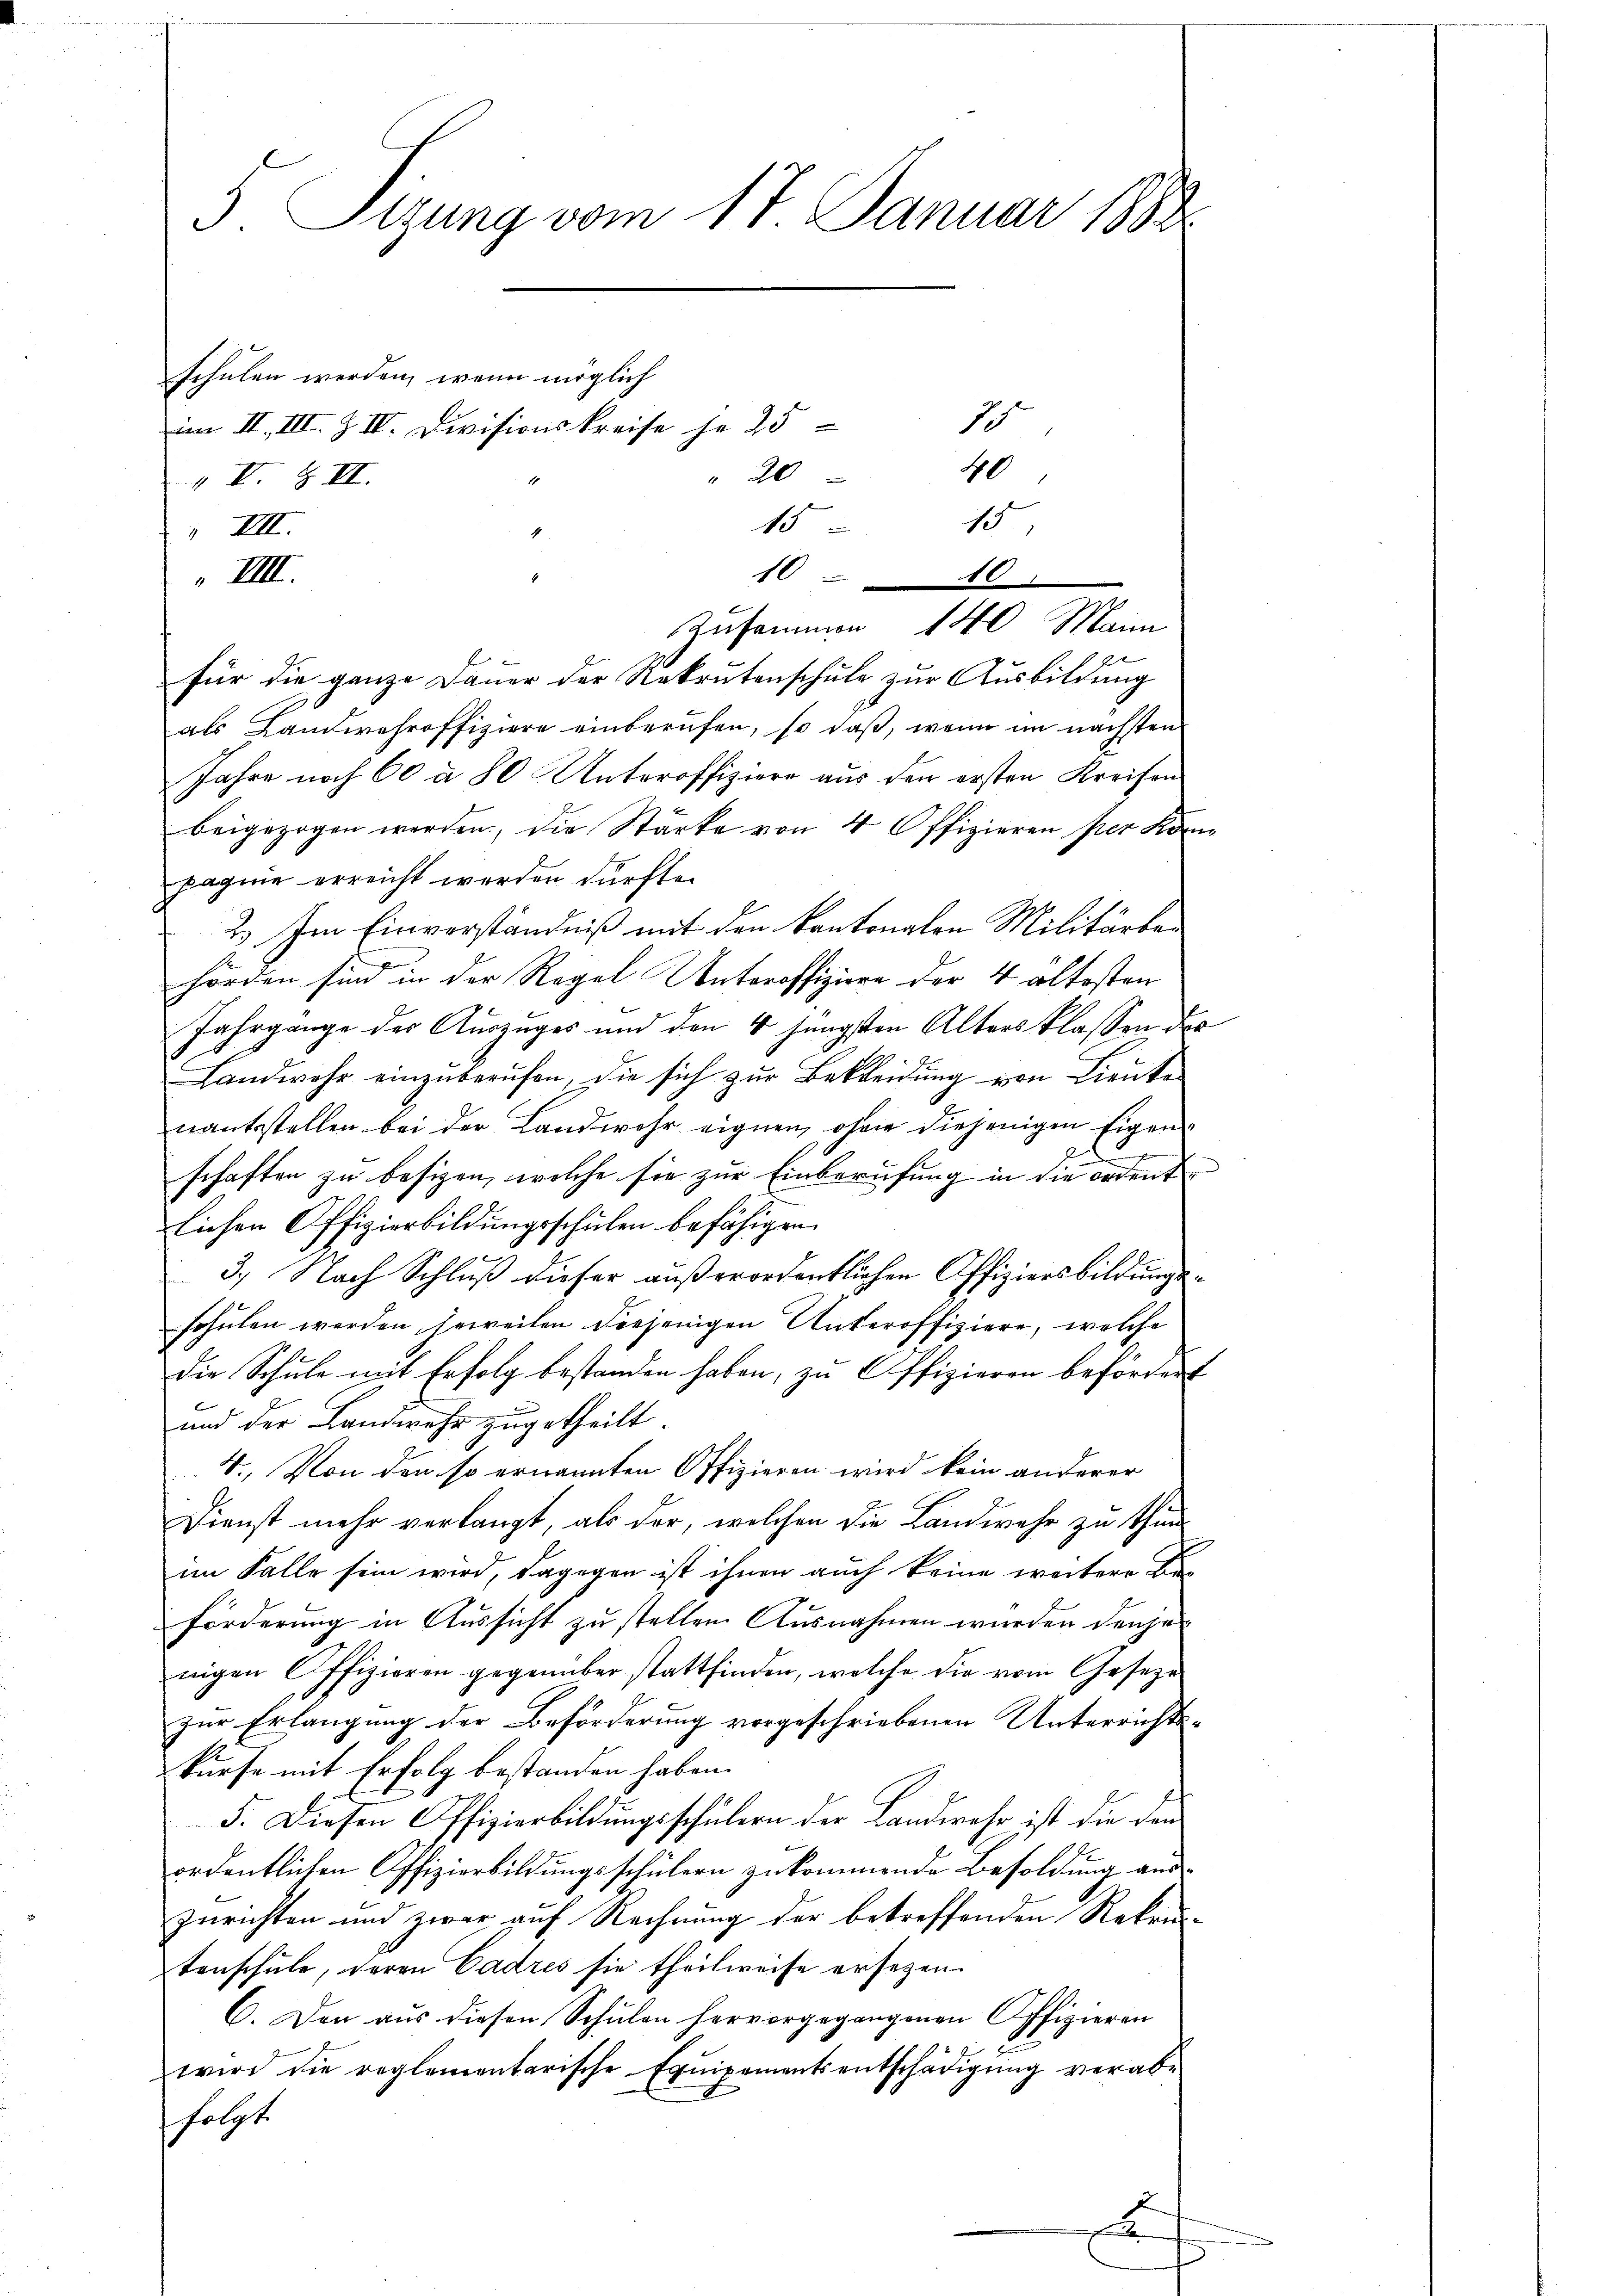
5 Sizung vom 17. Januar 1882
schulen werden, wenn möglich

im II., III. Z IV. Divisionskreise je 25
0
" 20
 I. & II.
1
15
 VIII.

„IIII.
für die ganze Dauer der Rekrutenschule zur Ausbildung
als Landwehroffiziere einberufen, so daß, wenn im nächsten
Jahre noch 60 à 50 Unteroffiziere aus den ersten Kreisen
beigezogen werden, die Stärke von 4 Offizieren per Kön
pagnie erreicht werden dürfte.
2) Je Einverständniß mit den kantonalen Militärben
hörden sind in der Regel Unteroffiziere der 4 alkosten
Jahrgange des Auszuges und den 4 jüngsten Alters klassen da
Landwehr einzuberufen, die sich zur Bekleidung von Lieutenantsstellen bei der Landwehr eignen, ohne diejenigen Eigend
schaften zu besizen, welche sie zur Einberufung in die ordent
lichen Offizierbildungsschulen befähigen.
x
3.) Nach Schluß dieser außerordentlichen Offiziersbildungsschulen werden jeweilen diejenigen Unteroffiziere, welche
Die Schule mit Erfolg bestanden haben, zu Offizieren beförden
und der Landwehr zugetheilt.
4. Von den so ernannten Offizieren wird kein anderer
Dienst mehr verlangt, als der, welchen die Landwehr zu thun
im Falle sein wird, dagegen ist ihnen auch keine weitere Ba
förderung in Aussicht zu stellen Ausnahmen wurden denjenigen Offizieren gegenüber stattfinden, welche die vom Geseze
zur Erlangung der Beförderung vorgeschriebenen Unterrichtskurse mit Erfolg bestanden haben.
5. Diesen Offizierbildungsschülern der Landwehr ist die den
ordentlichen Offizierbildungsschülern zukommende Besoldung aus-
zurichten und zwar auf Rechnung der betreffenden Rekru
tenschule, deren Cadres sie theilweise ersetzen.
C. Den aus diesen Schulen hervorgegangenen Offizieren
wird die reglementarische Equipementsentschädigŭng verabfolgt.

1040
Zusammen 140 Main

2